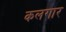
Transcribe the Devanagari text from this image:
कलगार